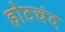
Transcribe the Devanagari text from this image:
होटचंद